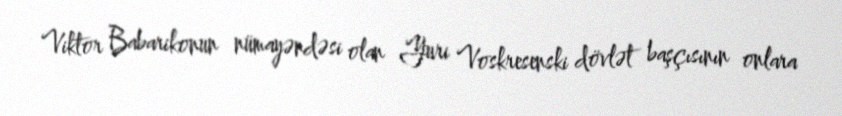
Viktor Babarikonun nümayəndəsi olan Yuri Voskresenski dövlət başçısının onlara